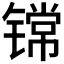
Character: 𮸟